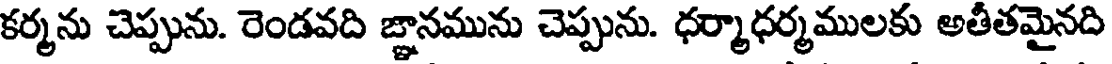
కర్మను చెప్పును. రెండవది జ్ఞానమును చెప్పును. ధర్మాధర్మములకు అతీతమైనది